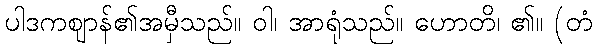
ပါဒကဈာန်၏အမှီသည်။ ဝါ၊ အာရုံသည်။ ဟောတိ၊ ၏။ (တံ